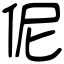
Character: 伲